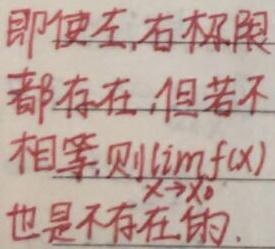
即使左、右极限都存在，但若不相等，则\(\lim\limits_{x \to x_0}f(x)\)也是不存在的。